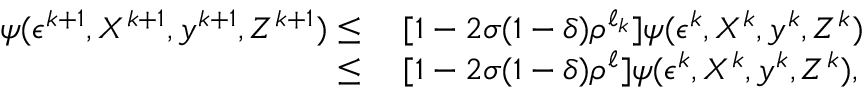
\begin{array} { r l } { \psi ( \epsilon ^ { k + 1 } , X ^ { k + 1 } , y ^ { k + 1 } , Z ^ { k + 1 } ) \leq } & { \; [ 1 - 2 \sigma ( 1 - \delta ) \rho ^ { \ell _ { k } } ] \psi ( \epsilon ^ { k } , X ^ { k } , y ^ { k } , Z ^ { k } ) } \\ { \leq } & { \; [ 1 - 2 \sigma ( 1 - \delta ) \rho ^ { \ell } ] \psi ( \epsilon ^ { k } , X ^ { k } , y ^ { k } , Z ^ { k } ) , } \end{array}